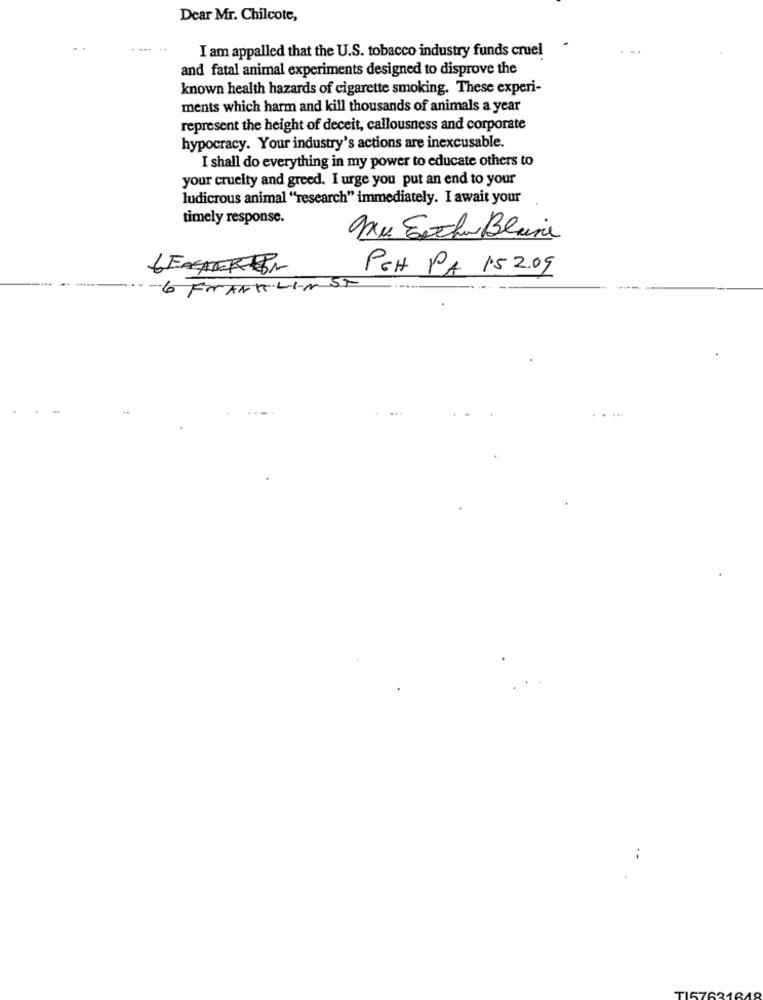
Dear Mr. Chilcote,
I am appalled that the U.S. tobacco industry funds cruel
and fatal animal experiments designed to disprove the
known health hazards of cigarette smoking. These experi-
ments which harm and kill thousands of animals a year
represent the height of deceit, callousness and corporate
hypocracy. Your industry's actions are inexcusable.
I shall do everything in my power to educate others to
your cruelty and greed. I urge you put an end to your
ludicrous animal "research" immediately. I await your
timely response.
PCH PA 152.09
6 FRANKLINSt